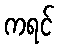
ကရင်